Problem: 4 × 9 = ?
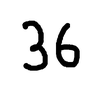
Handwritten answer: 36